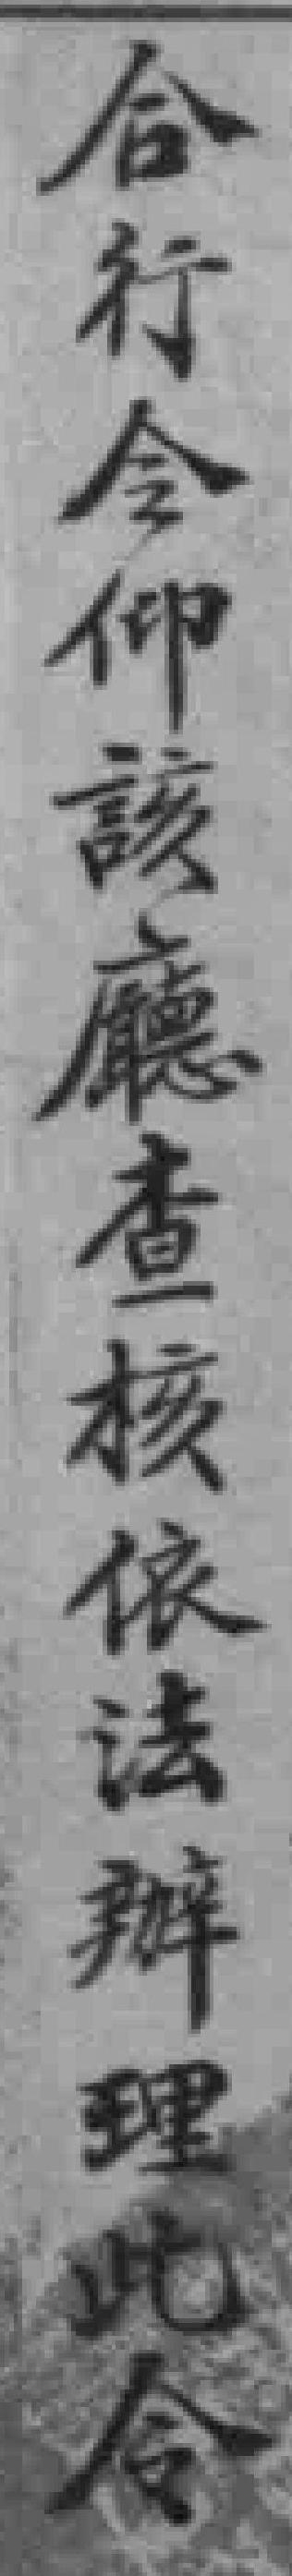
合行令仰該廳查核依法辦理此令